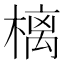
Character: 樆